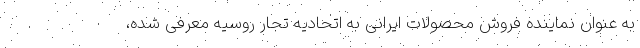
به عنوان نماینده فروش محصولات ایرانی به اتحادیه تجار روسیه معرفی شده،